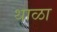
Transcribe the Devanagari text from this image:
थाळा